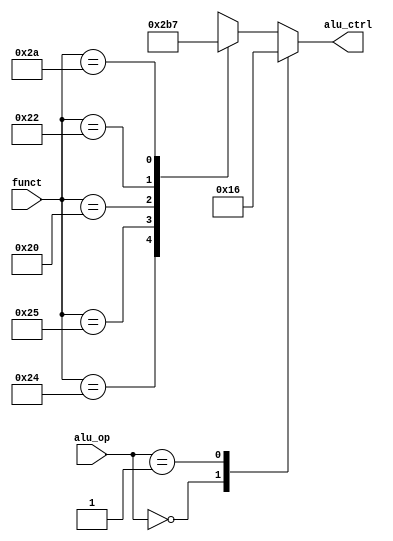
module auxdec (
        input  wire [1:0] alu_op,
        input  wire [5:0] funct,
        output wire [2:0] alu_ctrl
    );

    reg [2:0] ctrl;

    assign {alu_ctrl} = ctrl;

    always @ (alu_op, funct) begin
        case (alu_op)
            2'b00: ctrl = 3'b010;          // ADD
            2'b01: ctrl = 3'b110;          // SUB
            default: case (funct)
                6'b10_0100: ctrl = 3'b000; // AND
                6'b10_0101: ctrl = 3'b001; // OR
                6'b10_0000: ctrl = 3'b010; // ADD
                6'b10_0010: ctrl = 3'b110; // SUB
                6'b10_1010: ctrl = 3'b111; // SLT
                default:    ctrl = 3'bxxx;
            endcase
        endcase
    end

endmodule